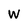
Character: W